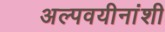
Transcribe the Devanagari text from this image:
अल्पवयीनांशी